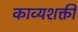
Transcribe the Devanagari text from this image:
काव्यशक्ती